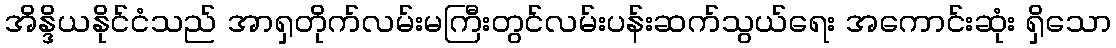
အိန္ဒိယနိုင်ငံသည် အာရှတိုက်လမ်းမကြီးတွင်လမ်းပန်းဆက်သွယ်ရေး အကောင်းဆုံး ရှိသော